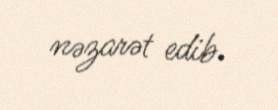
nəzarət edib.